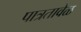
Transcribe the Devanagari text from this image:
पात्रतावेळ